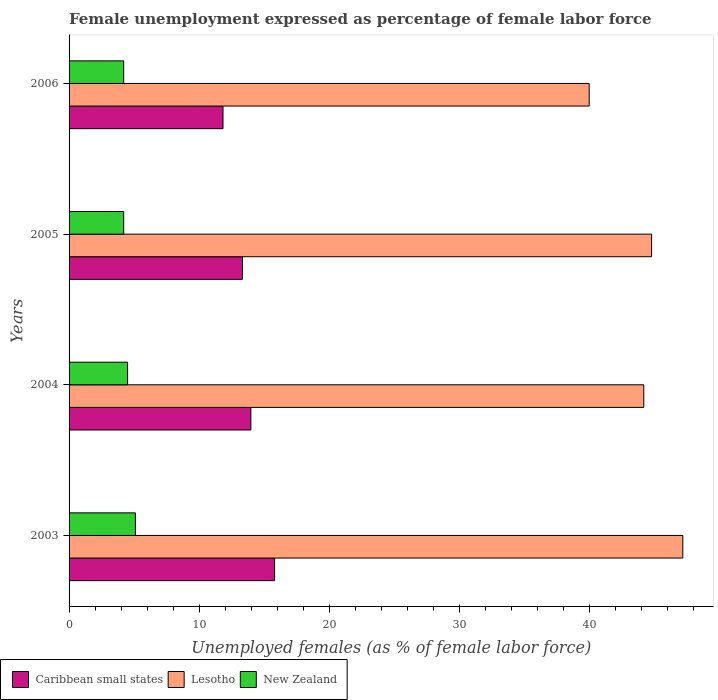
| Years | Caribbean small states | Lesotho | New Zealand |
 | --- | --- | --- | --- |
 | 2003 | 15.8 | 47.2 | 5.1 |
 | 2004 | 14 | 44.2 | 4.5 |
 | 2005 | 13.3 | 44.8 | 4.2 |
 | 2006 | 11.8 | 40 | 4.2 |